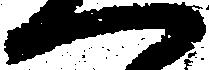
一